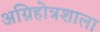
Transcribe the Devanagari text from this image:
अग्निहोत्रशाला